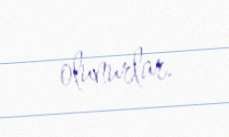
olunurlar.